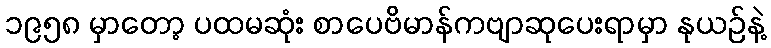
၁၉၅၈ မှာတော့ ပထမဆုံး စာပေဗိမာန်ကဗျာဆုပေးရာမှာ နုယဉ်နဲ့